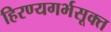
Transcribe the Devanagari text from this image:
हिरण्यगर्भसूक्त